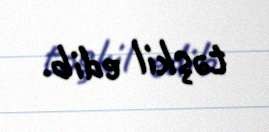
təşkil edib.